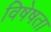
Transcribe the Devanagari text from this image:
विषेषता